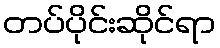
တပ်ပိုင်းဆိုင်ရာ